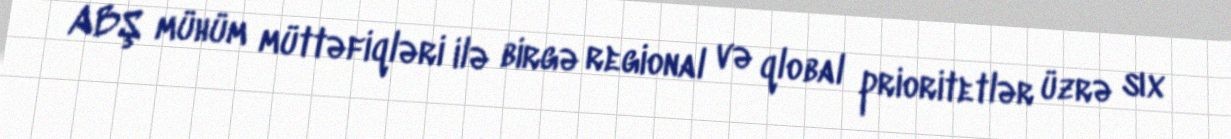
ABŞ mühüm müttəfiqləri ilə birgə regional və qlobal prioritetlər üzrə sıx